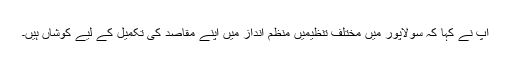
آپ نے کہا کہ سولاپور میں مختلف تنظیمیں منظم انداز میں اپنے مقاصد کی تکمیل کے لیے کوشاں ہیں۔